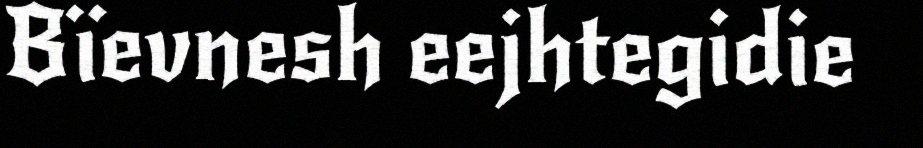
Bïevnesh eejhtegidie